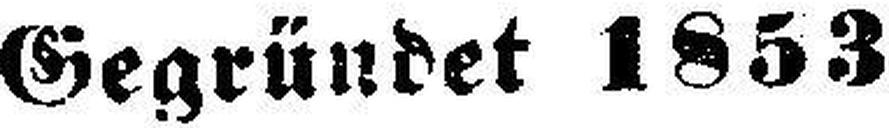
Gegründet 1853